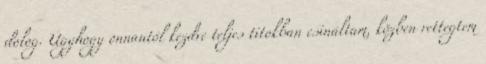
dolog. Úgyhogy onnantól kezdve teljes titokban csináltam, közben rettegtem